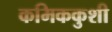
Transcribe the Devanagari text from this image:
कमिककुशी